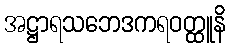
အဋ္ဌာရသဘေဒကရဝတ္ထူနိ